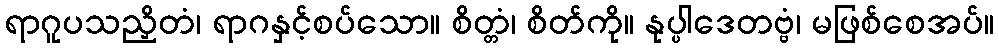
ရာဂူပသညှိတံ၊ ရာဂနှင့်စပ်သော။ စိတ္တံ၊ စိတ်ကို။ နုပ္ပါဒေတဗ္ဗံ၊ မဖြစ်စေအပ်။